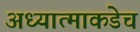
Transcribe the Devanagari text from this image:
अध्यात्माकडेच